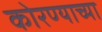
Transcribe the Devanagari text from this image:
कोरण्याच्या